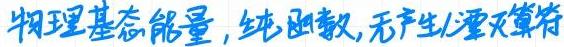
物理基态能量, 纯函数, 无产生/湮灭算符